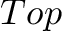
T o p